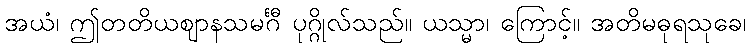
အယံ၊ ဤတတိယဈာနသမင်္ဂီ ပုဂ္ဂိုလ်သည်။ ယသ္မာ၊ ကြောင့်။ အတိမဓုရသုခေ၊